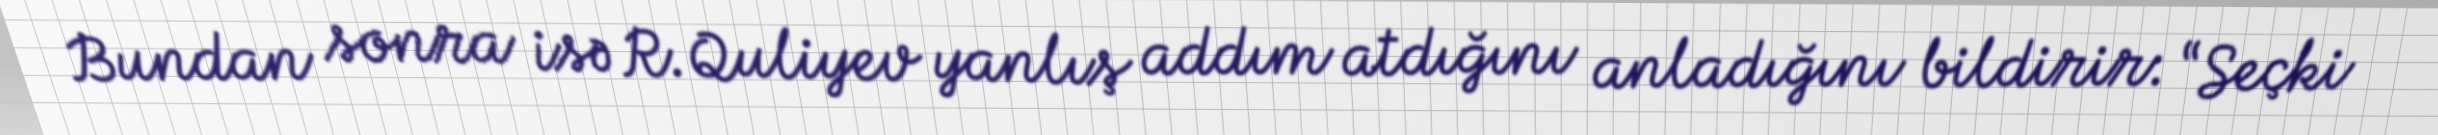
Bundan sonra isə R.Quliyev yanlış addım atdığını anladığını bildirir: “Seçki